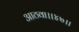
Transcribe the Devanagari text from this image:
आठवा।।४७।।